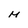
Character: M